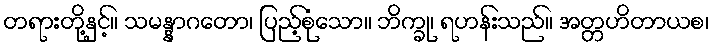
တရားတို့နှင့်။ သမန္နာဂတော၊ ပြည့်စုံသော။ ဘိက္ခု၊ ရဟန်းသည်။ အတ္တဟိတာယစ၊